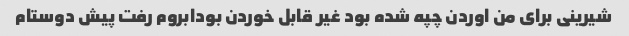
شیرینی برای من اوردن چپه شده بود غیر قابل خوردن بودابروم رفت پیش دوستام